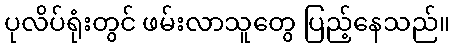
ပုလိပ်ရုံးတွင် ဖမ်းလာသူတွေ ပြည့်နေသည်။